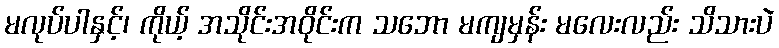
မလုပ်ပါနှင့်၊ ကိုယ့် အသိုင်းအဝိုင်းက သဘော မကျမှန်း မလေးလည်း သိသားပဲ